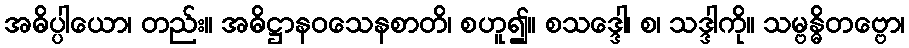
အဓိပ္ပါယော၊ တည်း။ အဓိဋ္ဌာနဝသေနစာတိ၊ စဟူ၍။ စသဒ္ဒေါ၊ စ၊ သဒ္ဒါကို။ သမ္ဗန္ဓိတဗ္ဗော၊